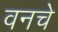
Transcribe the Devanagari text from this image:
वनचे